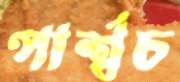
পার্শ্বচ